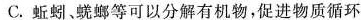
C. 蚯蚓、蜣螂等可以分解有机物，促进物质循环